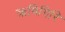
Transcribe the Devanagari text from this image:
ऋषिगिरि